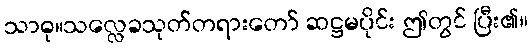
သာဓု။သလ္လေခသုတ်တရားတော် ဆဋ္ဌမပိုင်း ဤတွင် ပြီး၏။